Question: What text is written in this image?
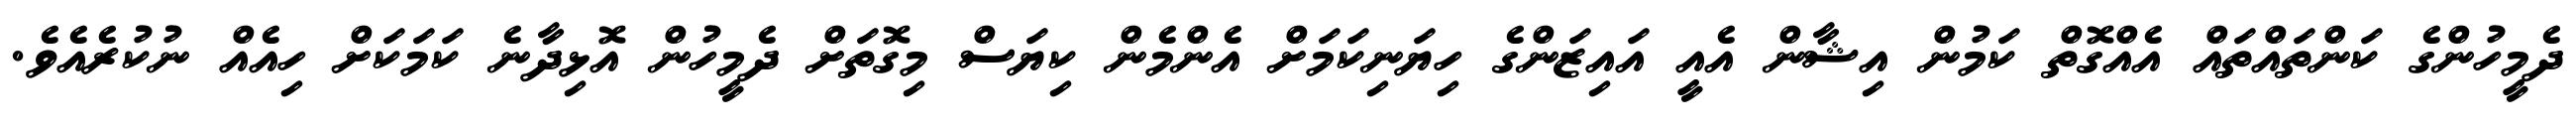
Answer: ދެމީހުންގެ ކަންތައްތައް އެއްގޮތް ކަމުން އިޝާން އެއީ އައިޒަންގެ ހިޔަނިކަމަށް އެންމެން ކިޔަސް މިގޮތަށް ދެމީހުން އޮޅިދާނެ ކަމަކަށް ހިއެއް ނުކުރެއެވެ.